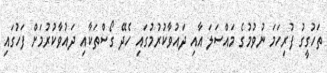
ތަހުގީގު ފުރިހަމަ ނުވުމުގެ މައްސަލަ އާއި ދައުވާކުރުމުގައި ހެދޭ ގޯސްތަކާއި ދައުވާކުރުމަށް ފަހުގައި